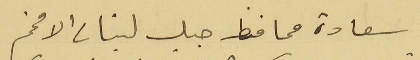
سعادة محافظ جبل لبنان الافخم